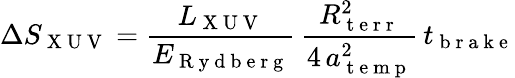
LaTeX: \Delta S_{\mathrm{~X~U~V~}}=\frac{L_{\mathrm{~X~U~V~}}}{E_{\mathrm{~R~y~d~b~e~r~g~}}}\, \frac{R_{\mathrm{~t~e~r~r~}}^{2}}{4\, a_{\mathrm{~t~e~m~p~}}^{2}}\, t_{\mathrm{~b~r~a~k~e~}}